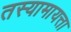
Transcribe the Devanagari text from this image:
तस्यामायत्ता